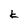
Character: k